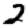
Digit: 2